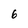
Character: 6